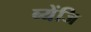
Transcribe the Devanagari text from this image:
ब्येंजि